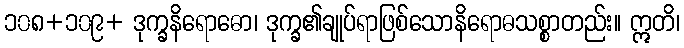
၁၀၈+၁၀၉+ ဒုက္ခနိရောဓော၊ ဒုက္ခ၏ချုပ်ရာဖြစ်သောနိရောဓသစ္စာတည်း။ ဣတိ၊